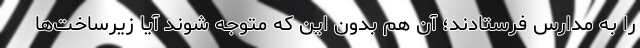
را به مدارس فرستادند؛ آن هم بدون این که متوجه شوند آیا زیرساخت‌ها